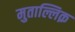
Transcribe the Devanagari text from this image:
मुताल्लिक़